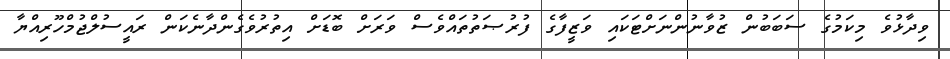
ވިދާޅުވެ މިކަމުގެ ސަބަބުން ޒުވާނުންނަށްޓަކައި ވަޒީފާގެ ފުރުޞަތުތައްވެސް ވަރަށް ބޮޑަށް އިތުރުވެގެންދާނެކަން ރައީސުލްޖުމްހޫރިއްޔާ